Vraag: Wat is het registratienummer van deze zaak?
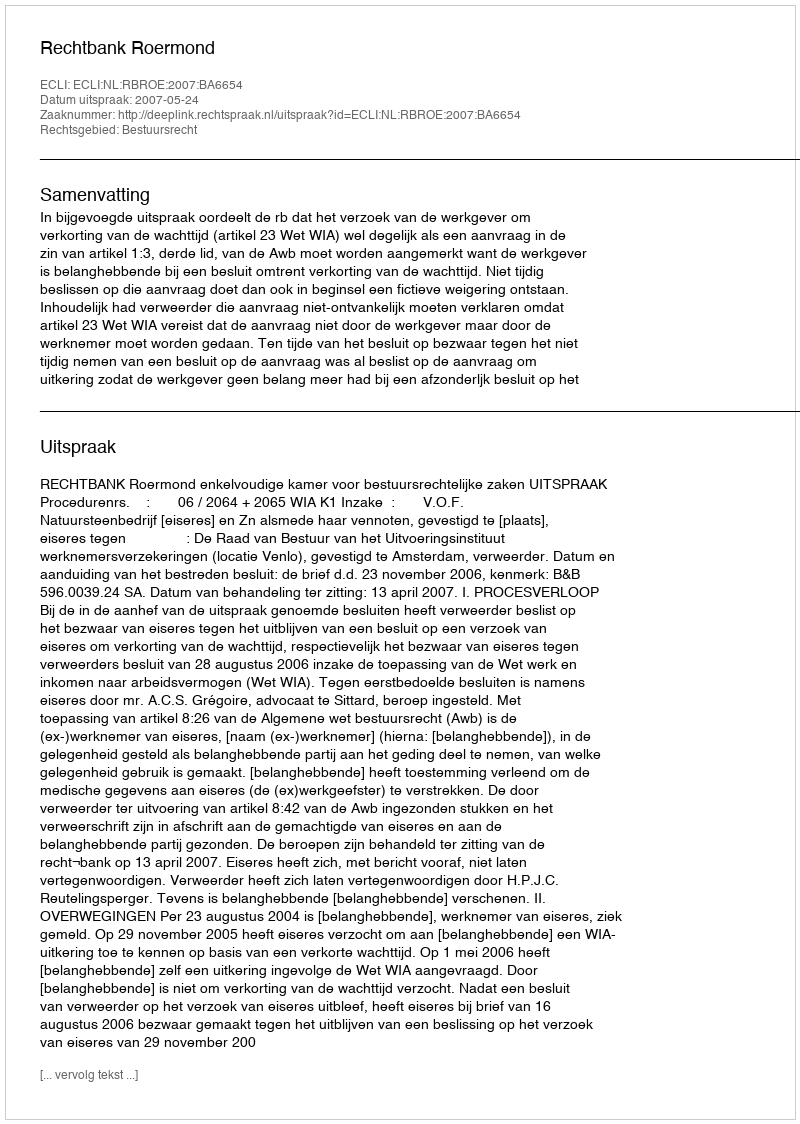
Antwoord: http://deeplink.rechtspraak.nl/uitspraak?id=ECLI:NL:RBROE:2007:BA6654